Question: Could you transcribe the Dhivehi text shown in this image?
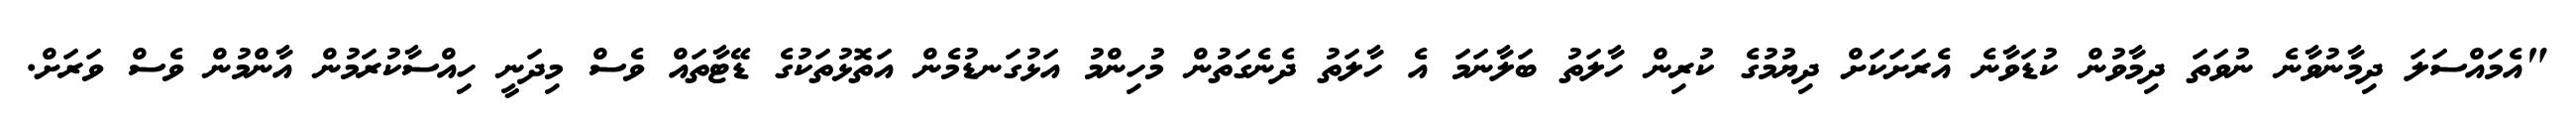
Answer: "އެމައްސަލަ ދިމާނުވާނެ ނުވަތަ ދިމާވުން ކުޑަވާނެ އެރަށަކަށް ދިޔުމުގެ ކުރިން ހާލަތު ބަލާނަމަ އެ ހާލަތު ދެނެގަތުން މުހިންމު އަޅުގަނޑުމެން އަތޮޅުތަކުގެ ޑޭޓާތައް ވެސް މިދަނީ ހިއްސާކުރަމުން އާންމުން ވެސް ވަރަށް.